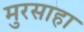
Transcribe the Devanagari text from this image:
मुरसाहा